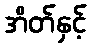
အိတ်နှင့်